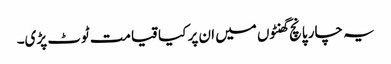
یہ چار پانچ گھنٹوں میں ان پر کیا قیامت ٹوٹ پڑی۔